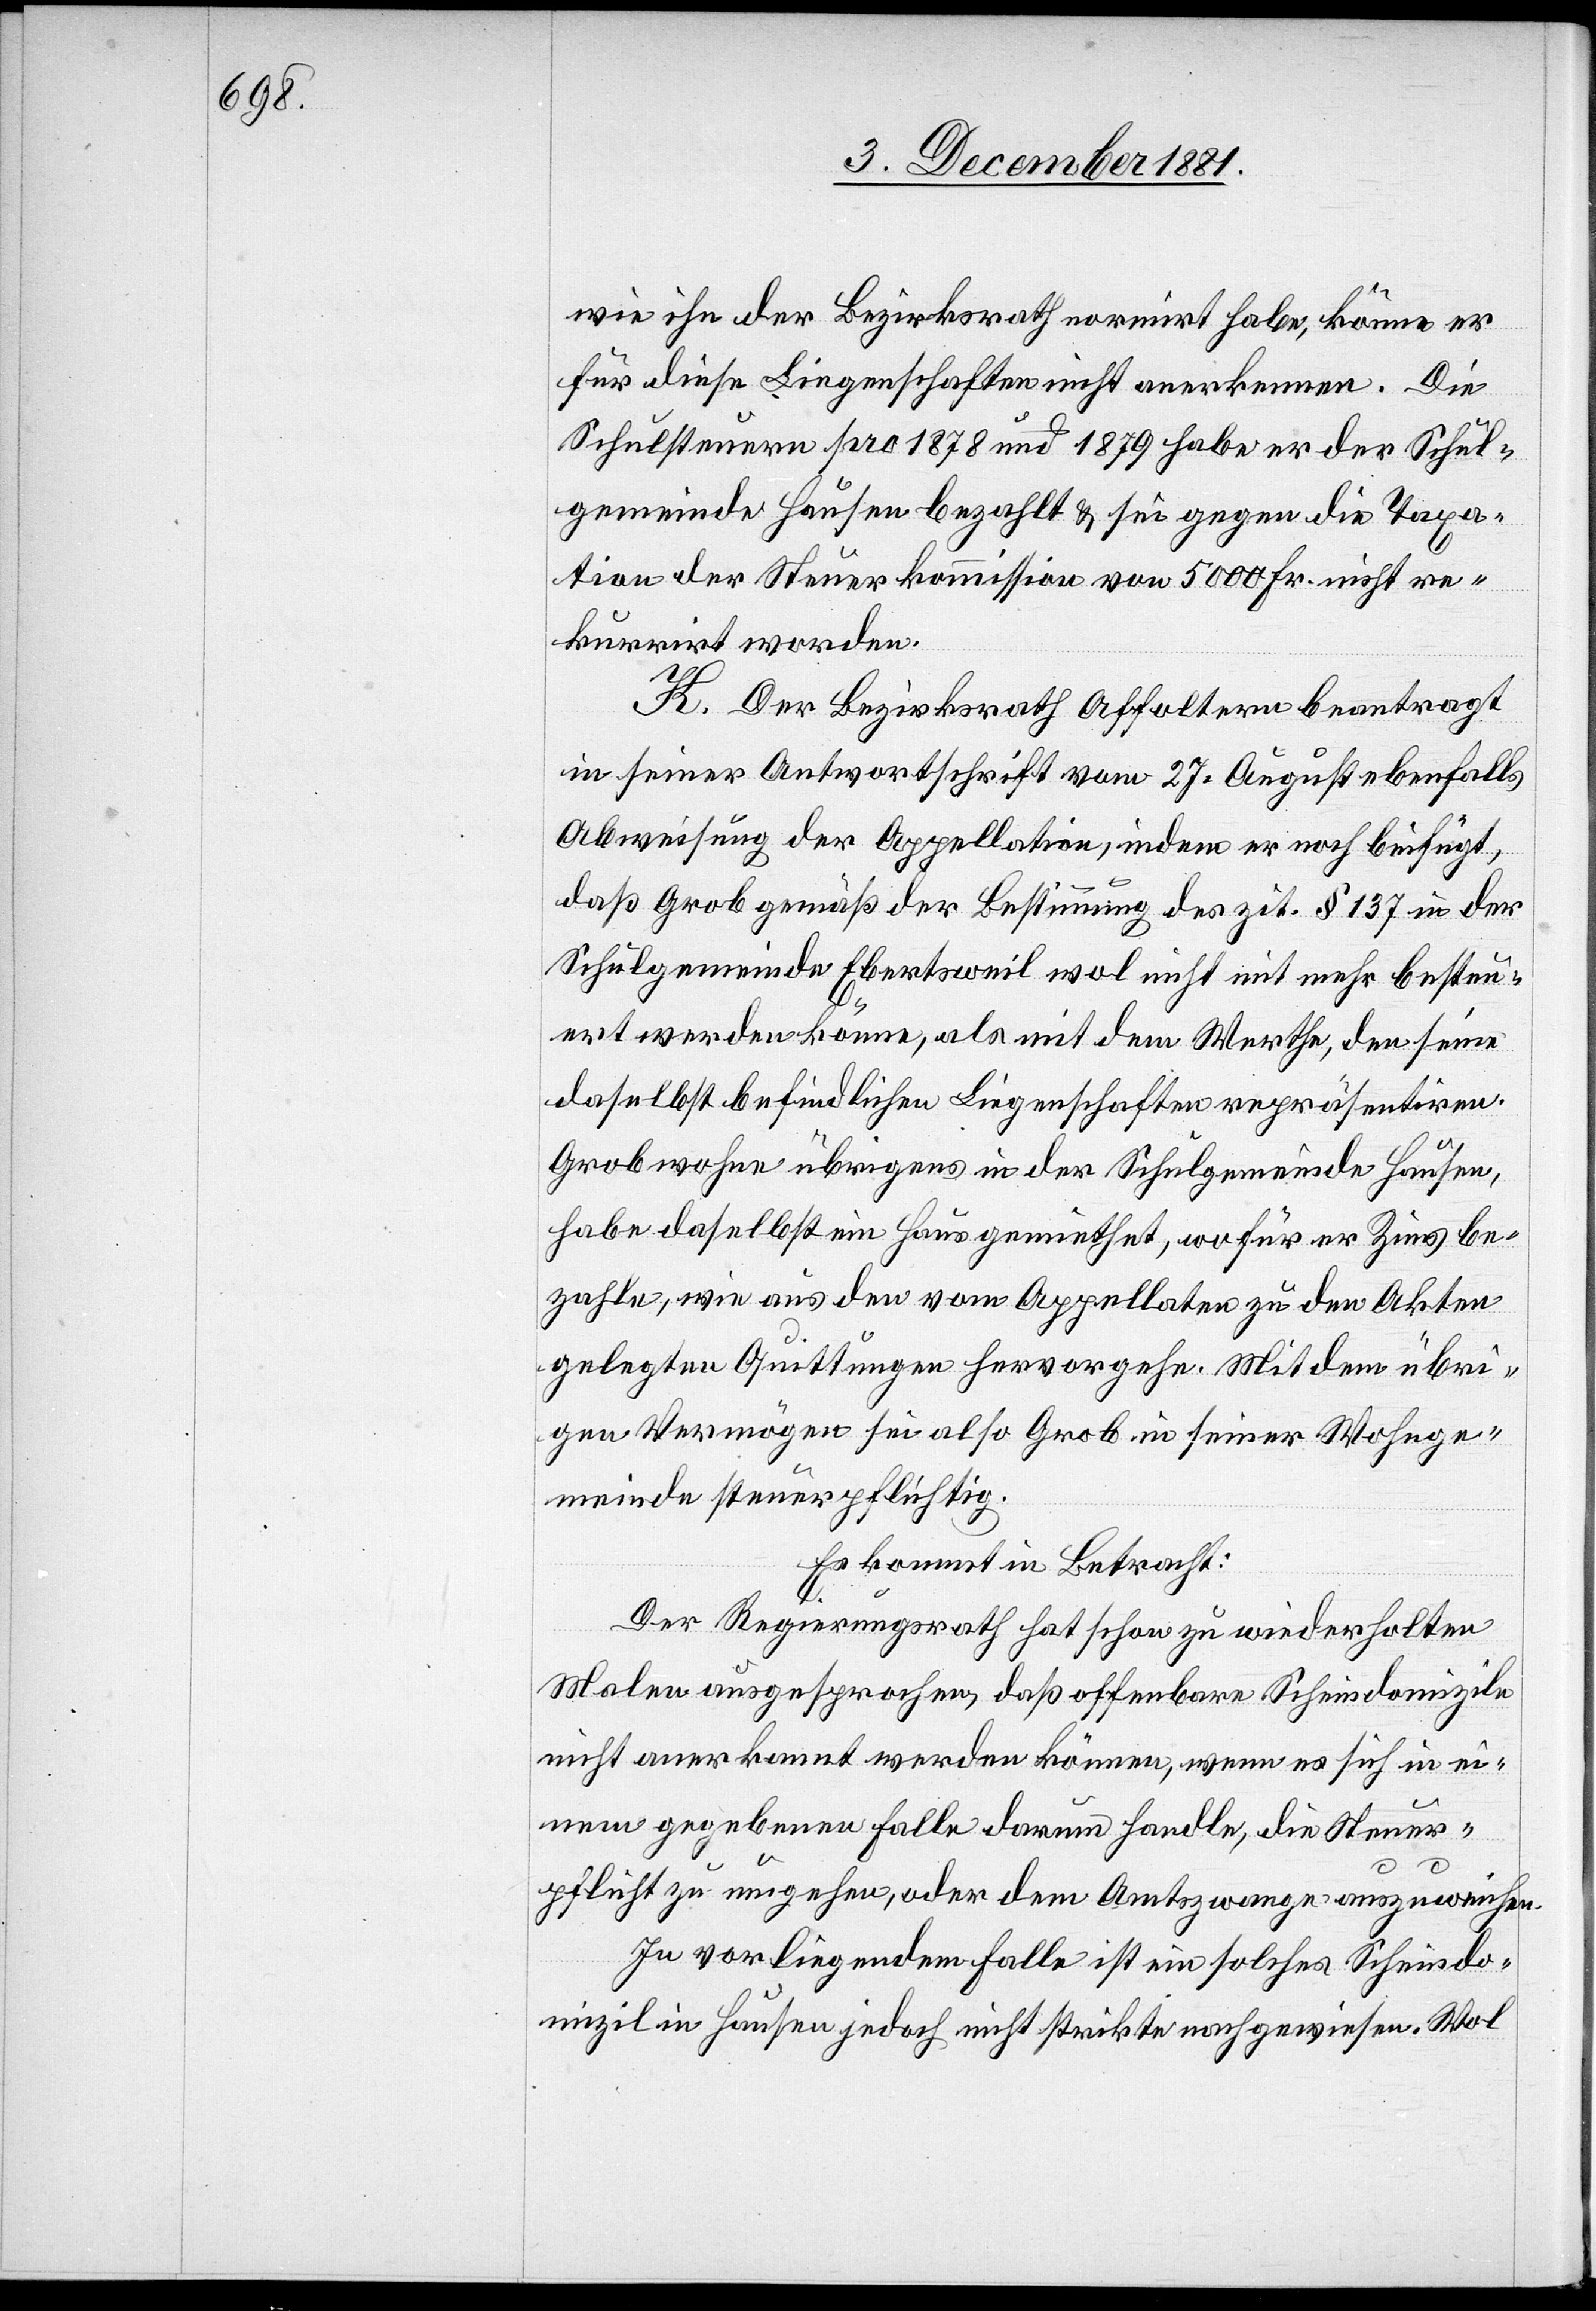
wie ihn der Bezirksrath normirt habe, könne er
für diese Liegenschaften nicht anerkennen. Die
Schulsteuern pro 1878 und 1879 habe er der Schul¬
gemeinde Hausen bezahlt & sei gegen die Taxa¬
tion der Steuerkommission von 5000 Fr. nicht re¬
kurrirt worden.
K. Der Bezirksrath Affoltern beantragt
in seiner Antwortschrift vom 27. August ebenfalls
Abweisung der Appellation, indem er noch beifügt,
daß Grob gemäß der Bestimmung des zit. § 137 in der
Schulgemeinde Ebertsweil wol nicht mit mehr besteu¬
ert werden könne, als mit dem Werthe, den seine
daselbst befindlichen Liegenschaften repräsentiren.
Grob wohne übrigens in der Schulgemeinde Hausen,
habe daselbst ein Haus gemiethet, wofür er Zins be¬
zahle, wie aus den vom Appellaten zu den Akten
gelegten Quittungen hervorgehe. Mit dem übri¬
gen Vermögen sei also Grob in seiner Wohnge¬
meinde steuerpflichtig.
Es kommt in Betracht:
Der Regierungsrath hat schon zu wiederholten
Malen ausgesprochen, daß offenbare Scheindomizile
nicht anerkannt werden können, wenn es sich in ei¬
nem gegebenen Falle darum handle, die Steuer¬
pflicht zu umgehen, oder dem Amtszwange auszuweichen.
In vorliegendem Falle ist ein solches Scheindo¬
mizil in Hausen jedoch nicht strikte nachgewiesen. Wol